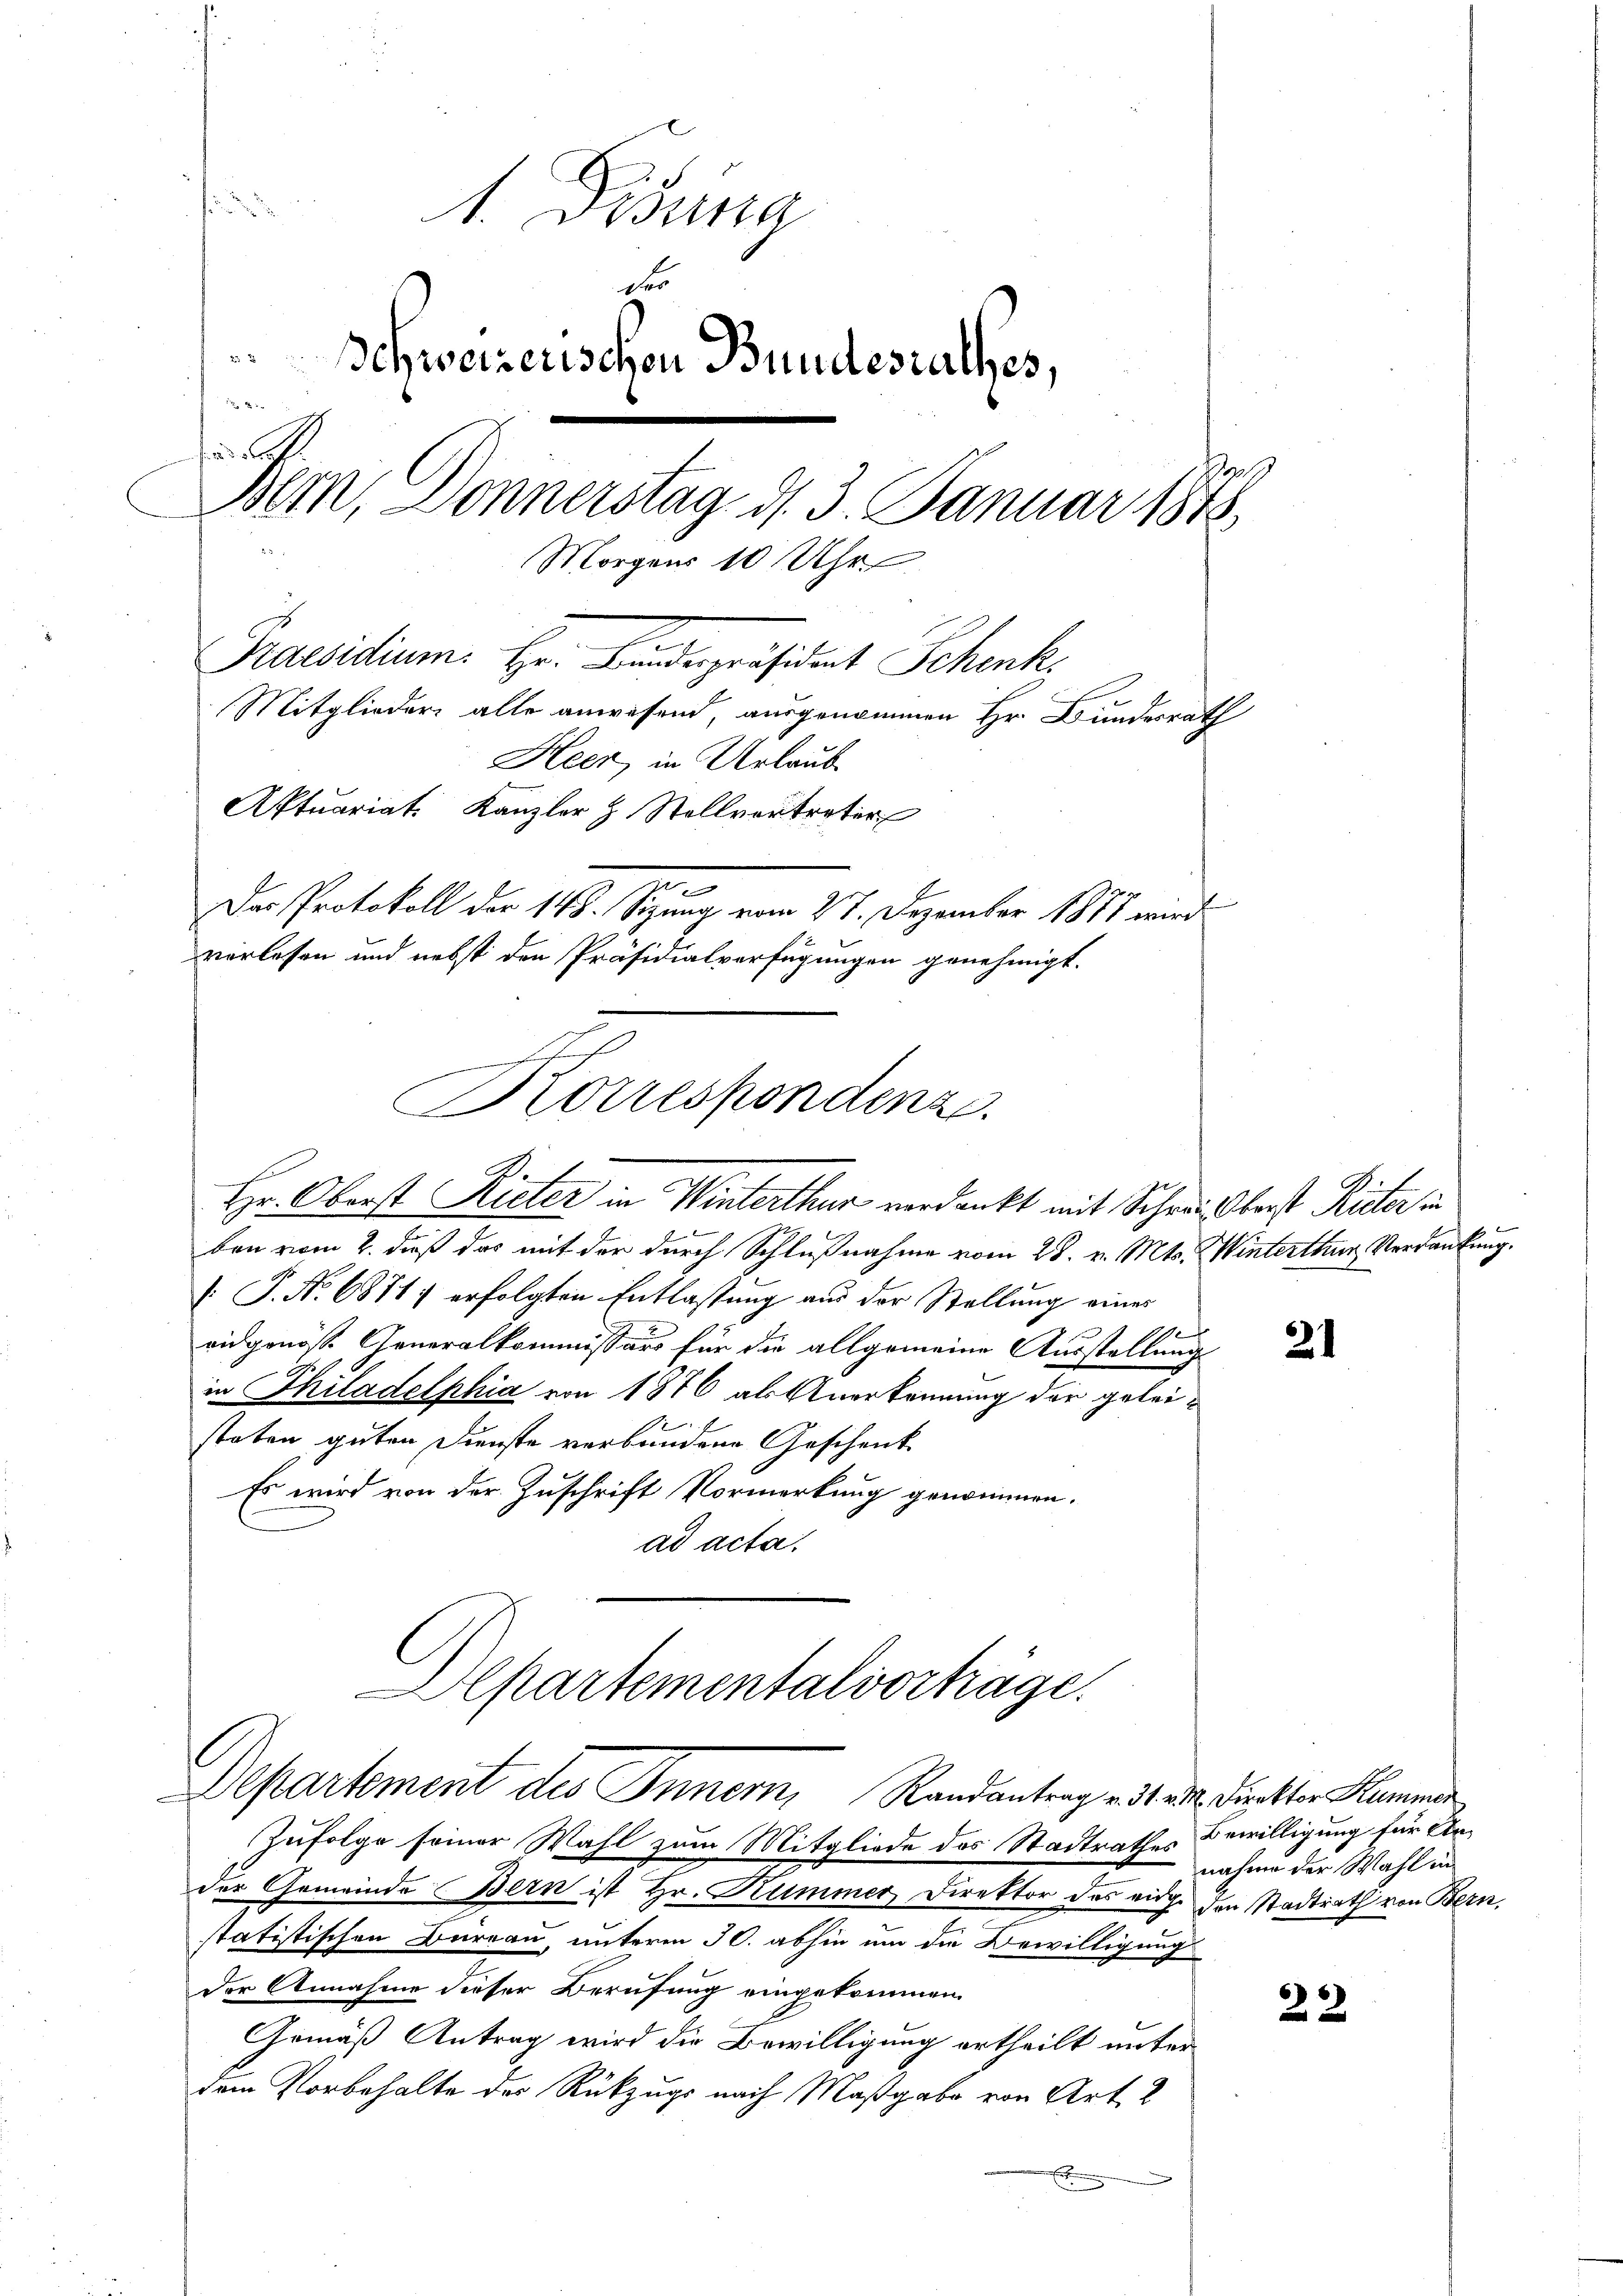
.
1. Disena
2
Schweizerischen Bundesrathes,
2

H
Bem, Donnerstag d. 3. Januar 1848
Morgens 10 Uhr
Praesidium. Hr. Bundespräsident Schenk.
Mitglieder alle anwesend, ausgenommen Hr. Bundesrath
Heer, in Urlaub
Aktuariat. Kanzler & Stellvortreter
e
Das Protokoll der 148. Setzung vom 27. Dezember 1857 wird
verlesen und nebst den Präsidialverfügungen genehmigt.

n
Korrespondenz.
Pos
Hr. Oberst Rieter in Winterthur verdankt mit Schrei Oberst Rieter in

ben vom 2. dieß das mit der durch Schlußnahme vom 28. v. Mts. Winterthur Verdankung.
 P. Nr. 6871 erfolgten Entlassung aus der Stellung einer
e
eidgenöß Generalkommissärs für die allgemeine Ausstellung
in Philadelphia von 1876 als Anerkennung der geleistaten guten Dienste verbundene Geschenk
Es wird von der Zuschrift Vormerkung genommen.
ad acta.
Apartementalvortäge.
Departement des Innern, Randantrag v. 31. ad a. Dunkter Stammen
Zufolge seiner Wahl zum Mitgliede des Stadtrathes Bewilligung für Ander Gemeinde Bern ist Hr. Kummer Direktor des eidge den Stadtrath von Bern,
statistischen Bureau, unterm 30. abhin um die Bewilligung
der Annahme dieser Berufung eingekommen.
Gemäß Antrag wird die Bewilligung ertheilt unter
dem Vorbehalte der Rückzugs nach Maßgabe von Art. 2
E

21

nahme der Wahl in

22